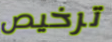
ترخيص